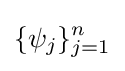
\{\psi _{j}\}_{j=1}^{n}